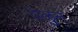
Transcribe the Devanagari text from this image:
वळुन